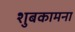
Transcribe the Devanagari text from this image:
शुबकामना